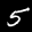
Label: 5